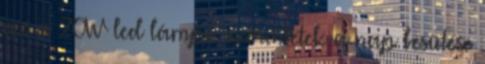
az a 20W led lámpa szerintetek a nap besütése